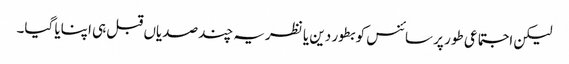
لیکن اجتماعی طور پر سائنس کو بطور دین یا نظریہ چند صدیاں قبل ہی اپنایا گیا۔